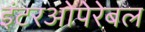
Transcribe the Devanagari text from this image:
इंटरओपेरेबल